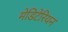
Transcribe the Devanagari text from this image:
मेडिटेरियन